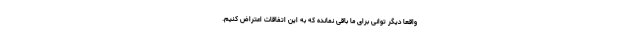
واقعا دیگر توانی برای ما باقی نمانده که به این اتفاقات اعتراض کنیم.